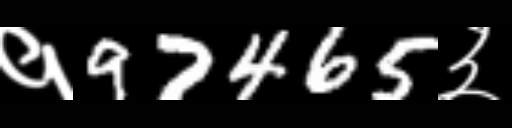
Text: १97465३